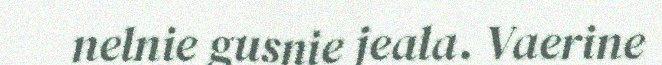
nelnie gusnie jeala. Vaerine